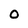
Character: O